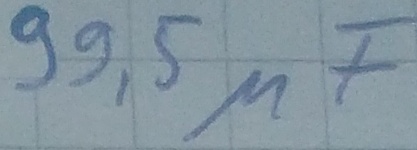
Text: 99,5µF